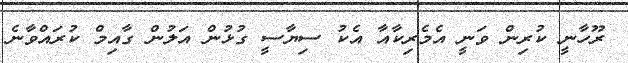
ރޫހާނީ ކުރިން ވަނީ އެމެރިކާއާ އެކު ސިޔާސީ ގުޅުން އަލުން ގާއިމް ކުރައްވާނެ